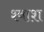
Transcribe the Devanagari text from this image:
श्वाश